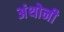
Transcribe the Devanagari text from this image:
अंथोनी